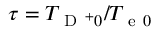
\tau = T _ { \mathrm { ~ D ~ } ^ { + } 0 } / T _ { \mathrm { ~ e ~ } 0 }